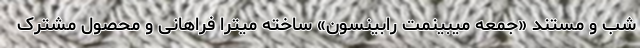
شب و مستند «جمعه میبینمت رابینسون» ساخته میترا فراهانی و محصول مشترک